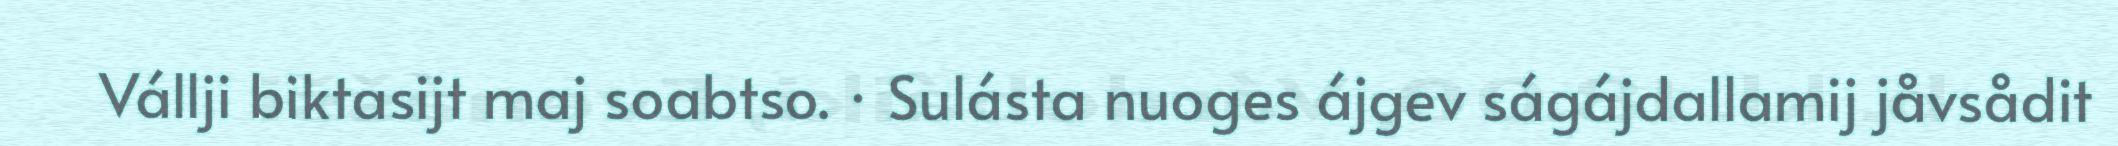
Vállji biktasijt maj soabtso. · Sulásta nuoges ájgev ságájdallamij jåvsådit